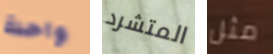
واحدة المتشرد مثل